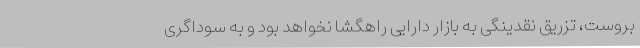
بروست، تزریق نقدینگی به بازار دارایی راهگشا نخواهد بود و به سوداگری